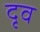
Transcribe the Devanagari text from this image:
दृव